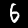
Label: 6